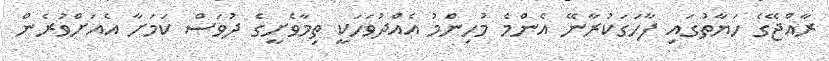
ރާއްޖޭގެ ހަޔާތުގައި ފާހަގަކުރާނޭ އެންމެ މުހިންމު އެއްދުވަހަކީ ތިމާވެށީގެ ދުވަސް ކަމަށާ އެއަށްވުރެން